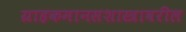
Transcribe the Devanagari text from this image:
ग्राहकमानसशास्त्रावरील